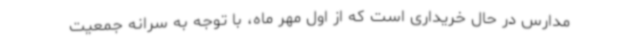
مدارس در حال خریداری است که از اول مهر ماه، با توجه به سرانه جمعیت